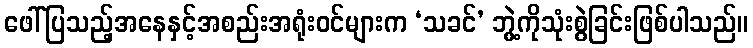
ဖေါ်ပြသည့်အနေနှင့်အစည်းအရုံးဝင်များက ‘သခင်’ ဘွဲ့ကိုသုံးစွဲခြင်းဖြစ်ပါသည်။